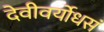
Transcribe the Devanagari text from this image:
देवीवर्योधसं